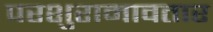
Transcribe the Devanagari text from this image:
परशुरामावतार